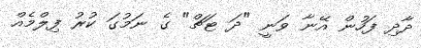
ދާދި ފަހުން އޭނާ ވަނީ "ދަ ޓަޗް" ގެ ނަމުގަ ކުރު ފިލްމެއް